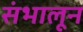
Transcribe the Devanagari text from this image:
संभालून